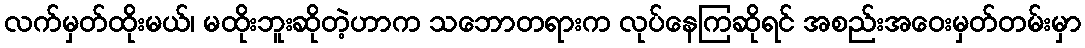
လက်မှတ်ထိုးမယ်၊ မထိုးဘူးဆိုတဲ့ဟာက သဘောတရားက လုပ်နေကြဆိုရင် အစည်းအဝေးမှတ်တမ်းမှာ